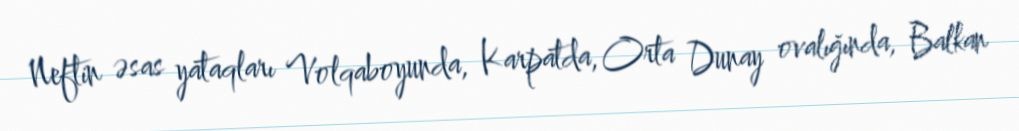
Neftin əsas yataqları Volqaboyunda, Karpatda, Orta Dunay ovalığında, Balkan